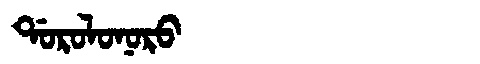
Manchu: ᡩᠣᡵᠣᠯᠣᠨᠣᡵᠣ
Romanization: DOROLONORO